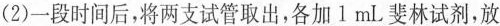
(2)一段时间后，将两支试管取出，各加l mL斐林试剂，放